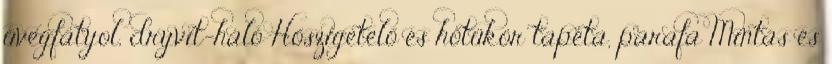
üvegfátyol, dryvit-háló Hőszigetelő és hőtükör tapéta, parafa Mintás és